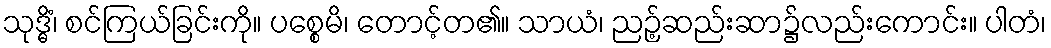
သုဒ္ဓိံ၊ စင်ကြယ်ခြင်းကို။ ပစ္စေမိ၊ တောင့်တ၏။ သာယံ၊ ညဉ့်ဆည်းဆာ၌လည်းကောင်း။ ပါတံ၊